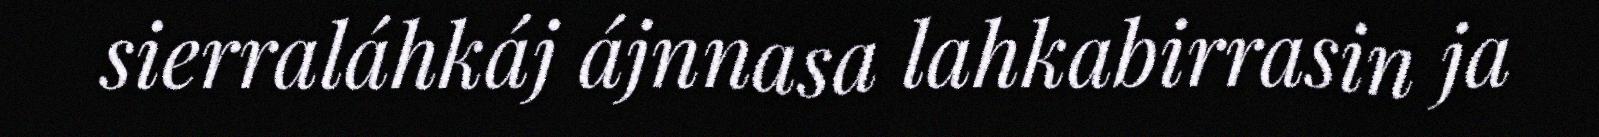
sierraláhkáj ájnnasa lahkabirrasin ja